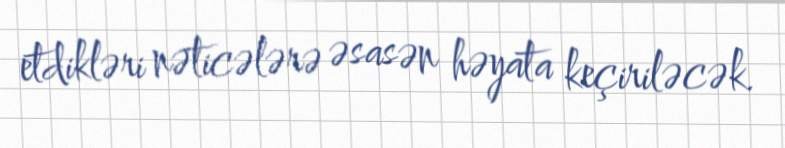
etdikləri nəticələrə əsasən həyata keçiriləcək.